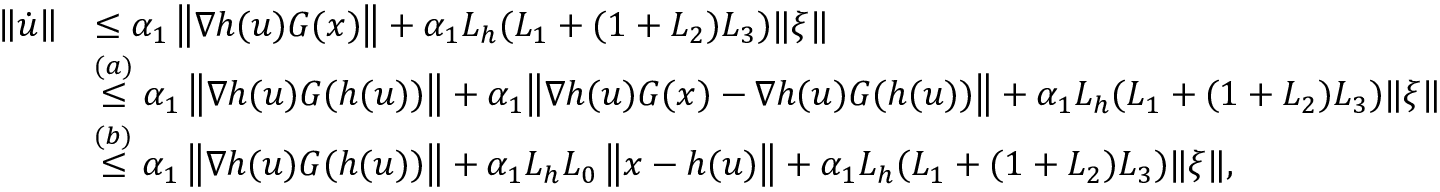
\begin{array} { r l } { \left\| \dot { u } \right\| } & { \leq \alpha _ { 1 } \left\| \nabla h ( u ) G ( x ) \right\| + \alpha _ { 1 } L _ { h } ( L _ { 1 } + ( 1 + L _ { 2 } ) L _ { 3 } ) \| \xi \| } \\ & { \stackrel { ( a ) } { \leq } \alpha _ { 1 } \left\| \nabla h ( u ) G ( h ( u ) ) \right\| + \alpha _ { 1 } \! \left\| \nabla h ( u ) G ( x ) - \nabla h ( u ) G ( h ( u ) ) \right\| + \alpha _ { 1 } L _ { h } ( L _ { 1 } + ( 1 + L _ { 2 } ) L _ { 3 } ) \| \xi \| } \\ & { \stackrel { ( b ) } { \leq } \alpha _ { 1 } \left\| \nabla h ( u ) G ( h ( u ) ) \right\| + \alpha _ { 1 } L _ { h } L _ { 0 } \left\| x - h ( u ) \right\| + \alpha _ { 1 } L _ { h } ( L _ { 1 } + ( 1 + L _ { 2 } ) L _ { 3 } ) \| \xi \| , } \end{array}